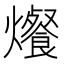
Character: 爘